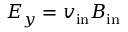
E _ { y } = v _ { \mathrm { i n } } B _ { \mathrm { i n } }